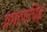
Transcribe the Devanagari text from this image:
प्रमाणचिह्न